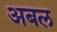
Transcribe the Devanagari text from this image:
अबल